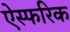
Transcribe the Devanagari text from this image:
ऐस्फरिक